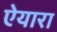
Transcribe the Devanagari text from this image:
ऐयारा